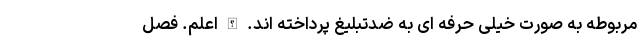
مربوطه به صورت خیلی حرفه ای به ضدتبلیغ پرداخته اند. اللهُ اعلم. فصل